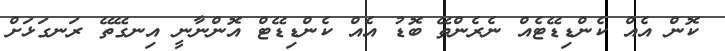
ކޮން އެއް ކެންޑިޑޭޓެއް ނެރެންތޭ ބޮޑު އެއް ކެންޑިޑޭޓް އޮންނާނީ އިނގޭތޭ ރަނގަޅަށް